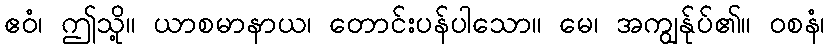
ဧဝံ၊ ဤသို့။ ယာစမာနာယ၊ တောင်းပန်ပါသော။ မေ၊ အကျွန်ုပ်၏။ ဝစနံ၊